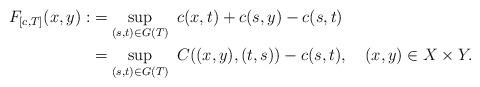
\begin{align*}F_{[c,T]}(x,y):&=\sup_{(s,t)\in G(T)}\ c(x,t)+c(s,y)-c(s,t)\\&=\sup_{(s,t)\in G(T)}\ C((x,y),(t,s))-c(s,t),\ \ \ (x,y)\in X\times Y.\end{align*}